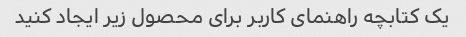
یک کتابچه راهنمای کاربر برای محصول زیر ایجاد کنید